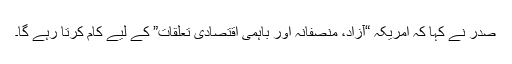
صدر نے کہا کہ امریکہ “آزاد، منصفانہ اور باہمی اقتصادی تعلقات” کے لیے کام کرتا رہے گا۔